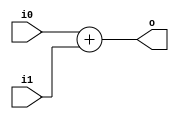
module hardcaml_lib_add #(parameter b=1) 
(
    input [b-1:0] i0,
    input [b-1:0] i1,
    output [b-1:0] o
);
    assign o = i0 + i1;
endmodule